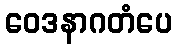
ဝေဒနာဂတံပေ